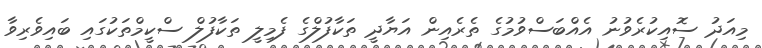
މިއަދު ސޮއިކުރެވުނު އެއްބަސްވުމުގެ ތެރެއިން އަޔާދީ ތަކާފުލްގެ ފެމިލީ ތަކާފުލް ސްކީމްތަކުގައި ބައިވެރިވާ